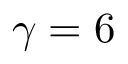
\gamma = 6